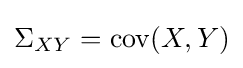
\Sigma _{XY}=\operatorname {cov} (X,Y)